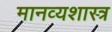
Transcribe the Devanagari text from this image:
मानव्यशास्त्र